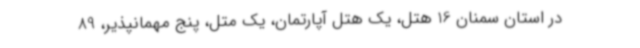
در استان سمنان 16 هتل، یک هتل آپارتمان، یک متل، پنج مهمانپذیر، 89